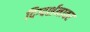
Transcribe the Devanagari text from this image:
दिग्दर्शनावर